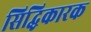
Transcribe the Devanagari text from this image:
सिद्धिकारक